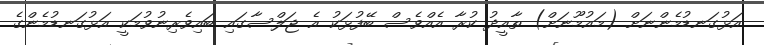
އަޅުގަނޑުމެންނަށް (މައުމޫނަށް) ތާއީދު ކުރާ އެއްވެސް ބޭފުޅަކު އެ ޖަލްސާގައި ބައިވެރިނުވުމަކީ އަޅުގަނޑުމެންގެ